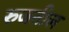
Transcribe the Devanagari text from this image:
रुजतील